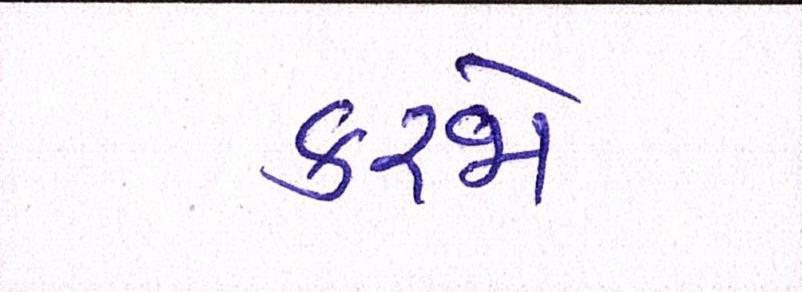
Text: કરજો